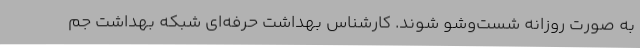
به صورت روزانه شست‌وشو شوند. کارشناس بهداشت حرفه‌ای شبکه بهداشت جم